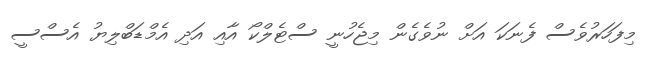
މިފަހަރުވެސް ފެނަކަ އަށް ނުވެގެން މިޖެހުނީ ސްޓެލްކޯ އާއި އަދި އެމްޑަބްލިޔު އެސްސީ